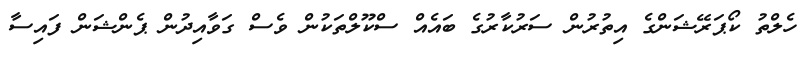
ހެލްތު ކޯޕަރޭޝަންގެ އިތުރުން ސަރުކާރުގެ ބައެއް ސްކޫލްތަކުން ވެސް ގަވާއިދުން ޕެންޝަން ފައިސާ